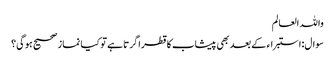
واللہ العالم
سوال:استبراء کے بعد بھی پیشاب کا قطرا گرتا ہے تو کیا نماز صحیح ہوگی؟